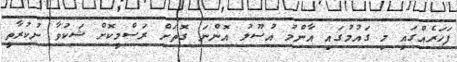
ފަހަރެއްގައި މި ގައުމުގައި އާންމު އުސޫލު އޮންނަ ގޮތަށް ރަސްމީކޮށް ޝަކުވާ ނުކުރާތީ